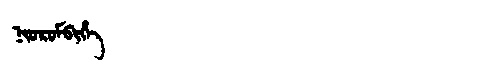
Manchu: ᠨᡳᠣᡵᠣᠮᠪᡳᡥᡝ
Romanization: NIOROMBIHE